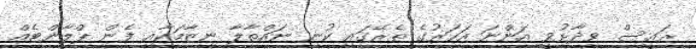
ރައީސް ވިދާޅުވީ އަންނަ އަހަރުގެ ތެރޭގައި ކުނި ނައްތާލާ ނިޒާމަކާއި ފެން ޕްލާންޓެއް